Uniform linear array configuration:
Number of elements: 16
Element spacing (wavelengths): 0.25
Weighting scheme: hann
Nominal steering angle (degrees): -60
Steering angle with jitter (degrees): -58.395
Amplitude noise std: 0.05
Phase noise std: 0.05

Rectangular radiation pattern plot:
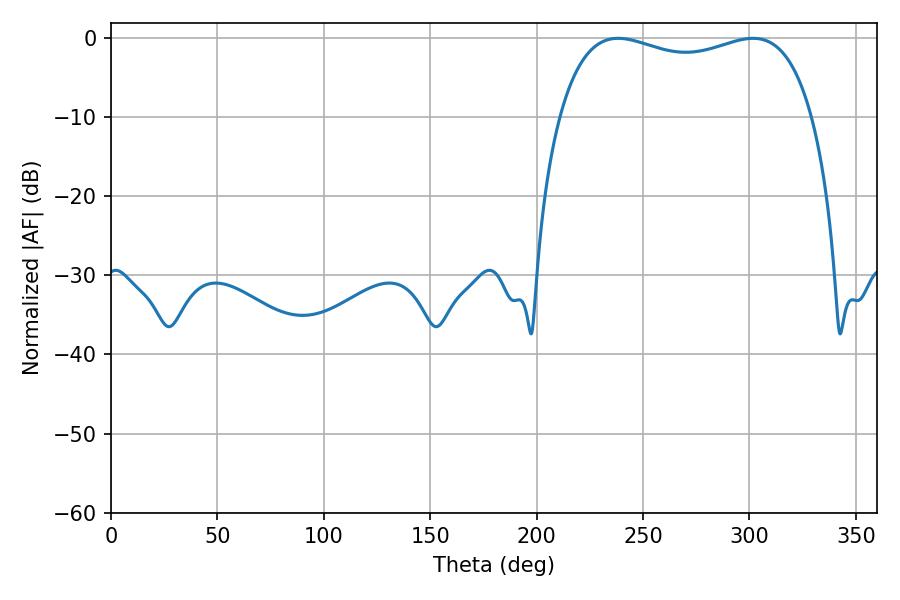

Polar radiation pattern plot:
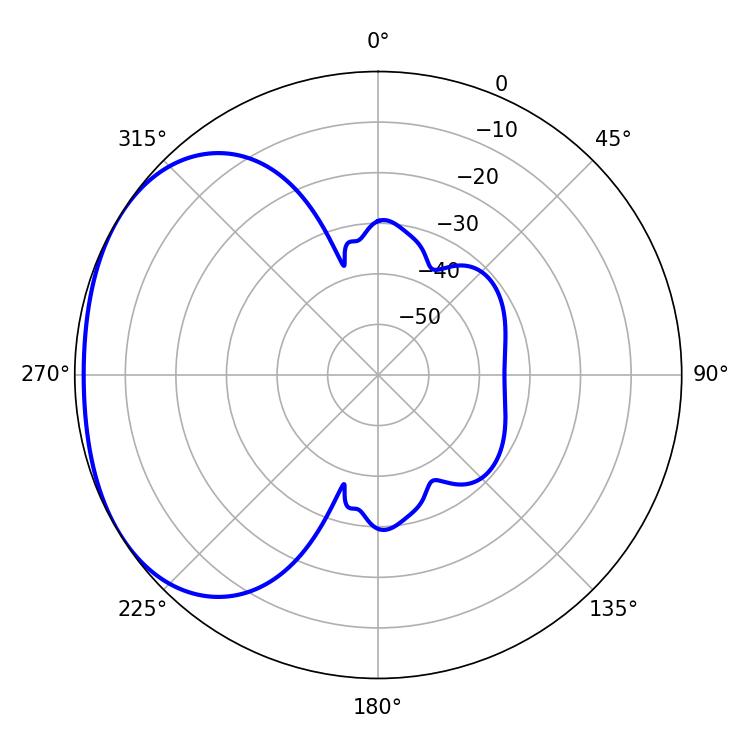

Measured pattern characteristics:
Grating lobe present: FALSE
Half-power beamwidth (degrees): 97.56
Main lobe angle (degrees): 238.32